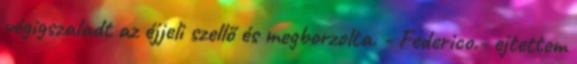
végigszaladt az éjjeli szellő és megborzolta. - Federico.- ejtettem